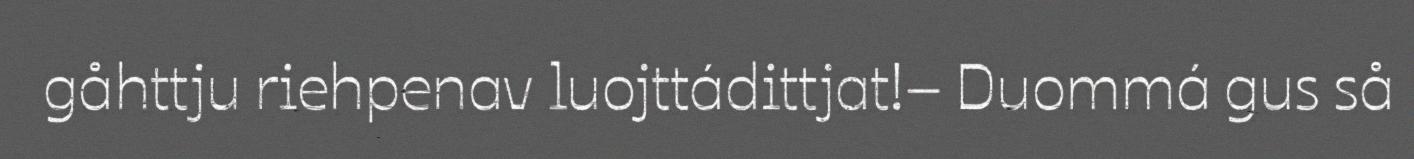
gåhttju riehpenav luojttádittjat!– Duommá gus så